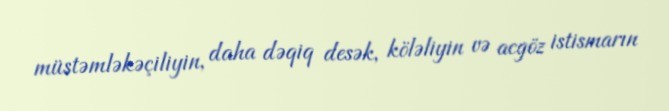
müstəmləkəçiliyin, daha dəqiq desək, köləliyin və acgöz istismarın